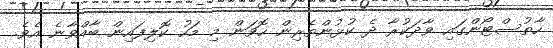
ހާތުސްޓޯންގައި ވާދަކުރާ ދެ ކުޅުންތެރިން ހޮވަން މި މަހު ކޮލިފައިން ބާއްވާނެ އެވެ.